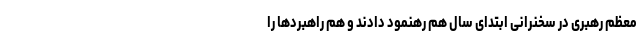
معظم رهبری در سخنرانی ابتدای سال هم رهنمود دادند و هم راهبردها را